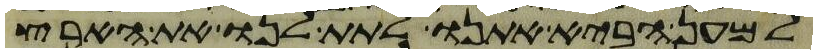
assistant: למען הביא אתנו לתת לנו את הארץ